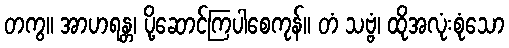
တကွ။ အာဟရန္တ၊ ပို့ဆောင်ကြပါစေကုန်။ တံ သဗ္ဗံ၊ ထိုအလုံးစုံသော